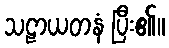
သဠာယတနံ ပြီး၏။